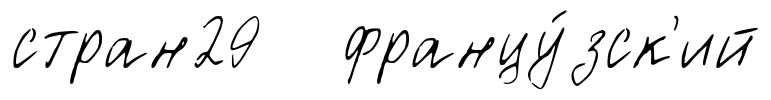
стран29 францу́зск'ий